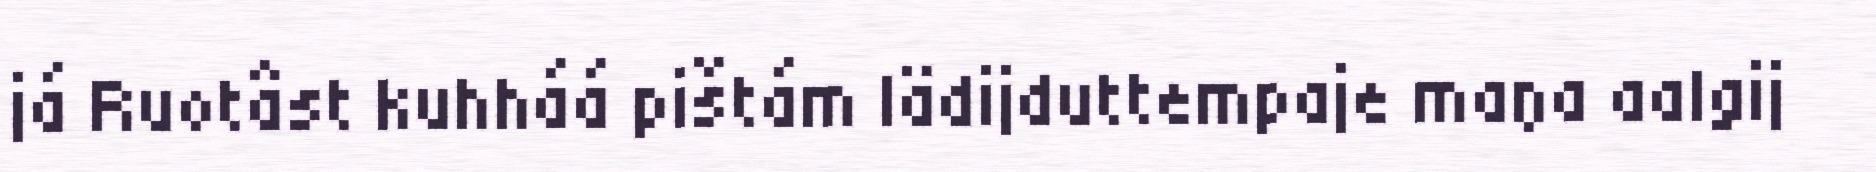
já Ruotâst kuhháá pištám lädijduttempaje maŋa aalgij